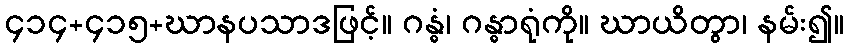
၄၁၄+၄၁၅+ဃာနပသာဒဖြင့်။ ဂန္ဓံ၊ ဂန္ဓာရုံကို။ ဃာယိတွာ၊ နမ်း၍။